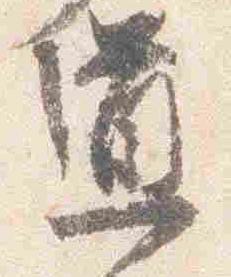
通